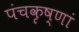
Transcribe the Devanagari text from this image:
पंचकृष्णां